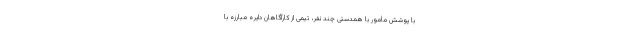
با پوشش مأمور با همدستی چند نفر، تیمی از کارآگاهان دایره مبارزه با